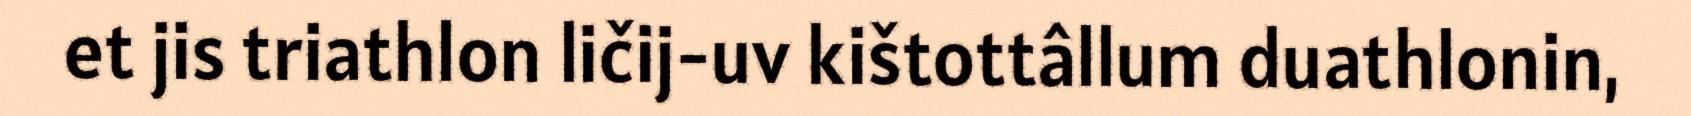
et jis triathlon ličij-uv kištottâllum duathlonin,